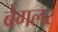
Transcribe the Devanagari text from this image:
बेगलर